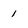
Character: 1